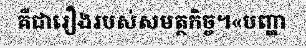
គឺជារឿងរបស់សមត្ថកិច្ច។«បញ្ហា